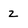
Character: z